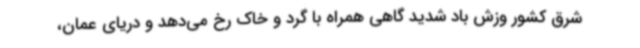
شرق کشور وزش باد شدید گاهی همراه با گرد و خاک رخ می‌دهد و دریای عمان،